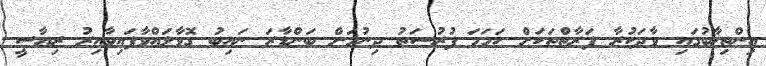
އިންތިޚާބުގައި ވާދަކުރާ ފަރާތްތަކަށް ހަމަމަ ފުރުސަތު ދިނުމަށް ބަންޑާރަ ނައިބު ގޮވާލައްވާފައިވާއިރު ރިޔާސީ